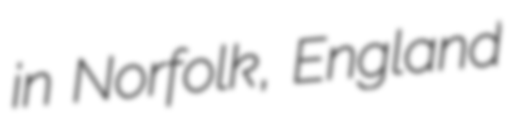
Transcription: in Norfolk, England